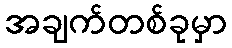
အချက်တစ်ခုမှာ